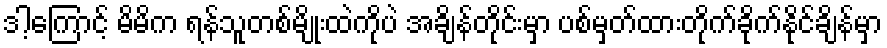
ဒါ့ကြောင့် မိမိက ရန်သူတစ်မျိုးထဲကိုပဲ အချိန်တိုင်းမှာ ပစ်မှတ်ထားတိုက်ခိုက်နိုင်ချိန်မှာ